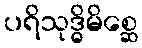
ပရိသုဒ္ဓိမိစ္ဆေ